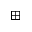
\boxplus